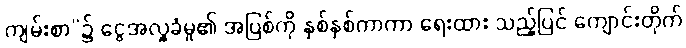
ကျမ်းစာ”၌ ငွေအလှူခံမှု၏ အပြစ်ကို နှစ်နှစ်ကာကာ ရေးထား သည့်ပြင် ကျောင်းတိုက်